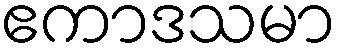
ဧကာဒသမာ